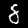
Label: 8